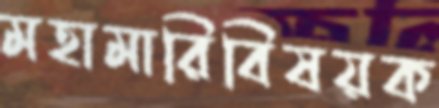
মহামারিবিষয়ক